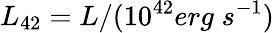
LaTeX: L_{42}=L/(10^{42}erg\; s^{-1})